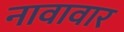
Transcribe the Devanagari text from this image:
नावावार